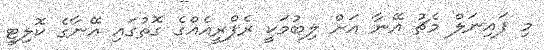
މި ފައިނަލް މެޗު އޭނާ އަށް ލިބުމަކީ ރެފްރީއެއްގެ ގޮތުގައި އޭނާގެ ކޮލިޓީ